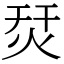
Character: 烎